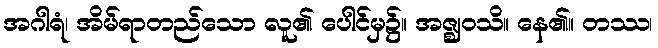
အဂါရံ၊ အိမ်ရာတည်သော လူ၏ ပေါင်မှ၌။ အဇ္ဈဝသိ။ နေ၏။ တဿ၊